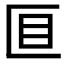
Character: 𫧐